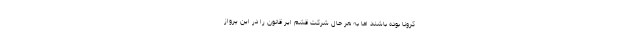
کرونا بوده باشند اما به هر حال شرکت قشم ایر قانون را در این پرواز